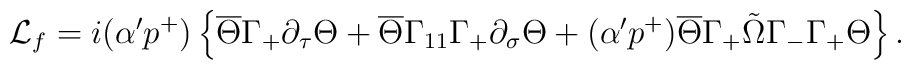
{\cal L}_{f}=i(\alpha' p^{+})\left\{\overline{\Theta}\Gamma_{+}\partial_{\tau}\Theta+\overline{\Theta}\Gamma_{11}\Gamma_{+}\partial_{\sigma}\Theta+(\alpha' p^{+})\overline{\Theta}\Gamma_{+}\tilde{\Omega}\Gamma_{-}\Gamma_{+}\Theta\right\}.